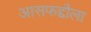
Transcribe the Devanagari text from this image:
आसफद्दौला